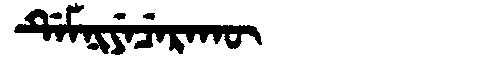
Manchu: ᡩᡝᠮᠨᡳᠶᡝᠴᡝᡵᠠᡴᡡ
Romanization: DEMNIYECERAKŪ